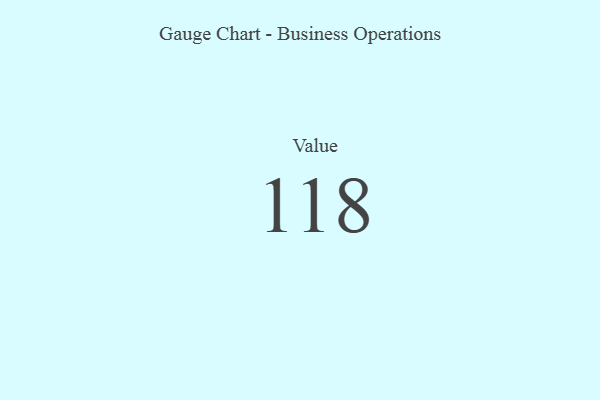
{"axis": {"x": "Metric", "y": "Value"}, "legend": [""], "data": [{"x": "Value", "y": 118, "type": ""}]}